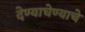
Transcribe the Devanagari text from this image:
देण्याघेण्याचे